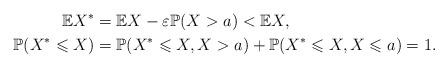
LaTeX: \begin{align*}\mathbb{E}X^* &=\mathbb{E}X-\varepsilon\mathbb{P}(X>a)<\mathbb{E}X,\\\mathbb{P}(X^* \leqslant X)&=\mathbb{P}(X^* \leqslant X, X>a)+\mathbb{P}(X^* \leqslant X, X\leqslant a)=1.\end{align*}